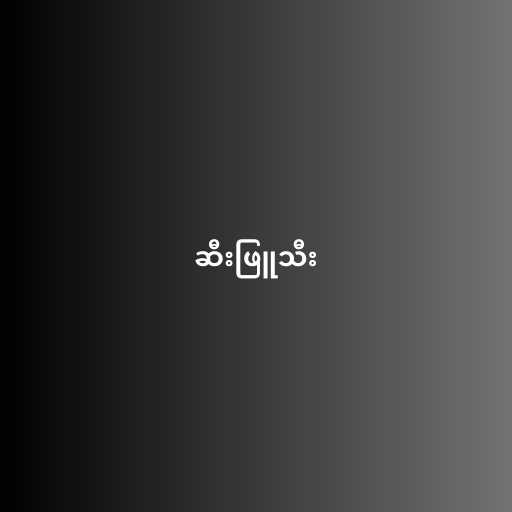
ဆီးဖြူသီး